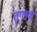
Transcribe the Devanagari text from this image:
तुग्लक